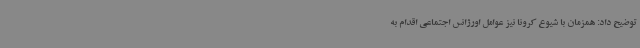
توضیح داد: همزمان با شیوع کرونا نیز عوامل اورژانس اجتماعی اقدام به